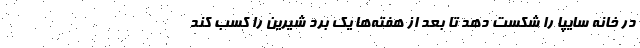
در خانه سایپا را شکست دهد تا بعد از هفته‌ها یک برد شیرین را کسب کند